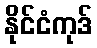
နိုင်ငံကုဒ်